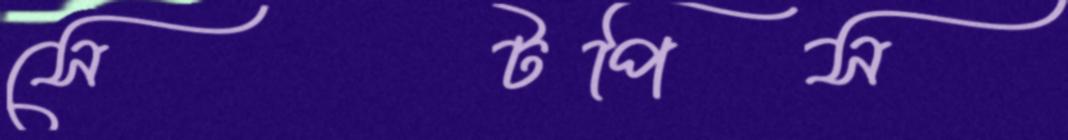
সেটপিস